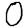
Digit: 0